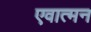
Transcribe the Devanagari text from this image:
एवात्मन